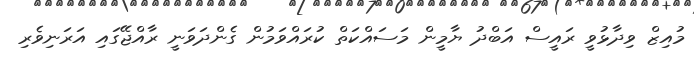
މުއިޒް ވިދާޅުވީ ރައީސް އަބްދު ޔާމީން މަސައްކަތް ކުރައްވަމުން ގެންދަވަނީ ރާއްޖޭގައި އަރަނިވެރި